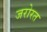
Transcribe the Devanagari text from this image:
जरोरत